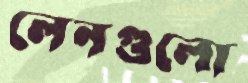
লেনগুলো